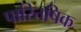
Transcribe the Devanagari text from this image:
पारितषिक